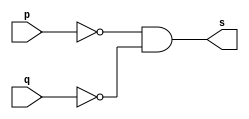

// Nome: Matheus Filipe Sieiro Vargas
module norgate (output s, input p, input q);
	assign s = ~p & ~q;
endmodule
module testenorgate;
	reg a,b;
	wire s;	
	norgate NOR1(s, a, b);
	
	initial begin:start
	
	a=0;
	b=0;
	
	end
	
	initial begin:main
	
	$display("Exemplo0008 - talo Guimares Otoni - 451581");
	$monitor ("%b %b = %b", a, b, s);
	
	#1 a=0; b=1;
	#1 a=1; b=0;
	#1 a=1; b=1;
	end

endmodule